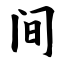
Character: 间